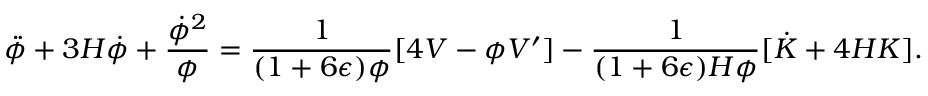
\ddot { \phi } + 3 H \dot { \phi } + { \frac { \dot { \phi } ^ { 2 } } { \phi } } = { \frac { 1 } { ( 1 + 6 \epsilon ) \phi } } [ 4 V - \phi V ^ { \prime } ] - { \frac { 1 } { ( 1 + 6 \epsilon ) H \phi } } [ \dot { K } + 4 H K ] .